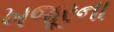
ખજૂરના